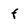
Character: f